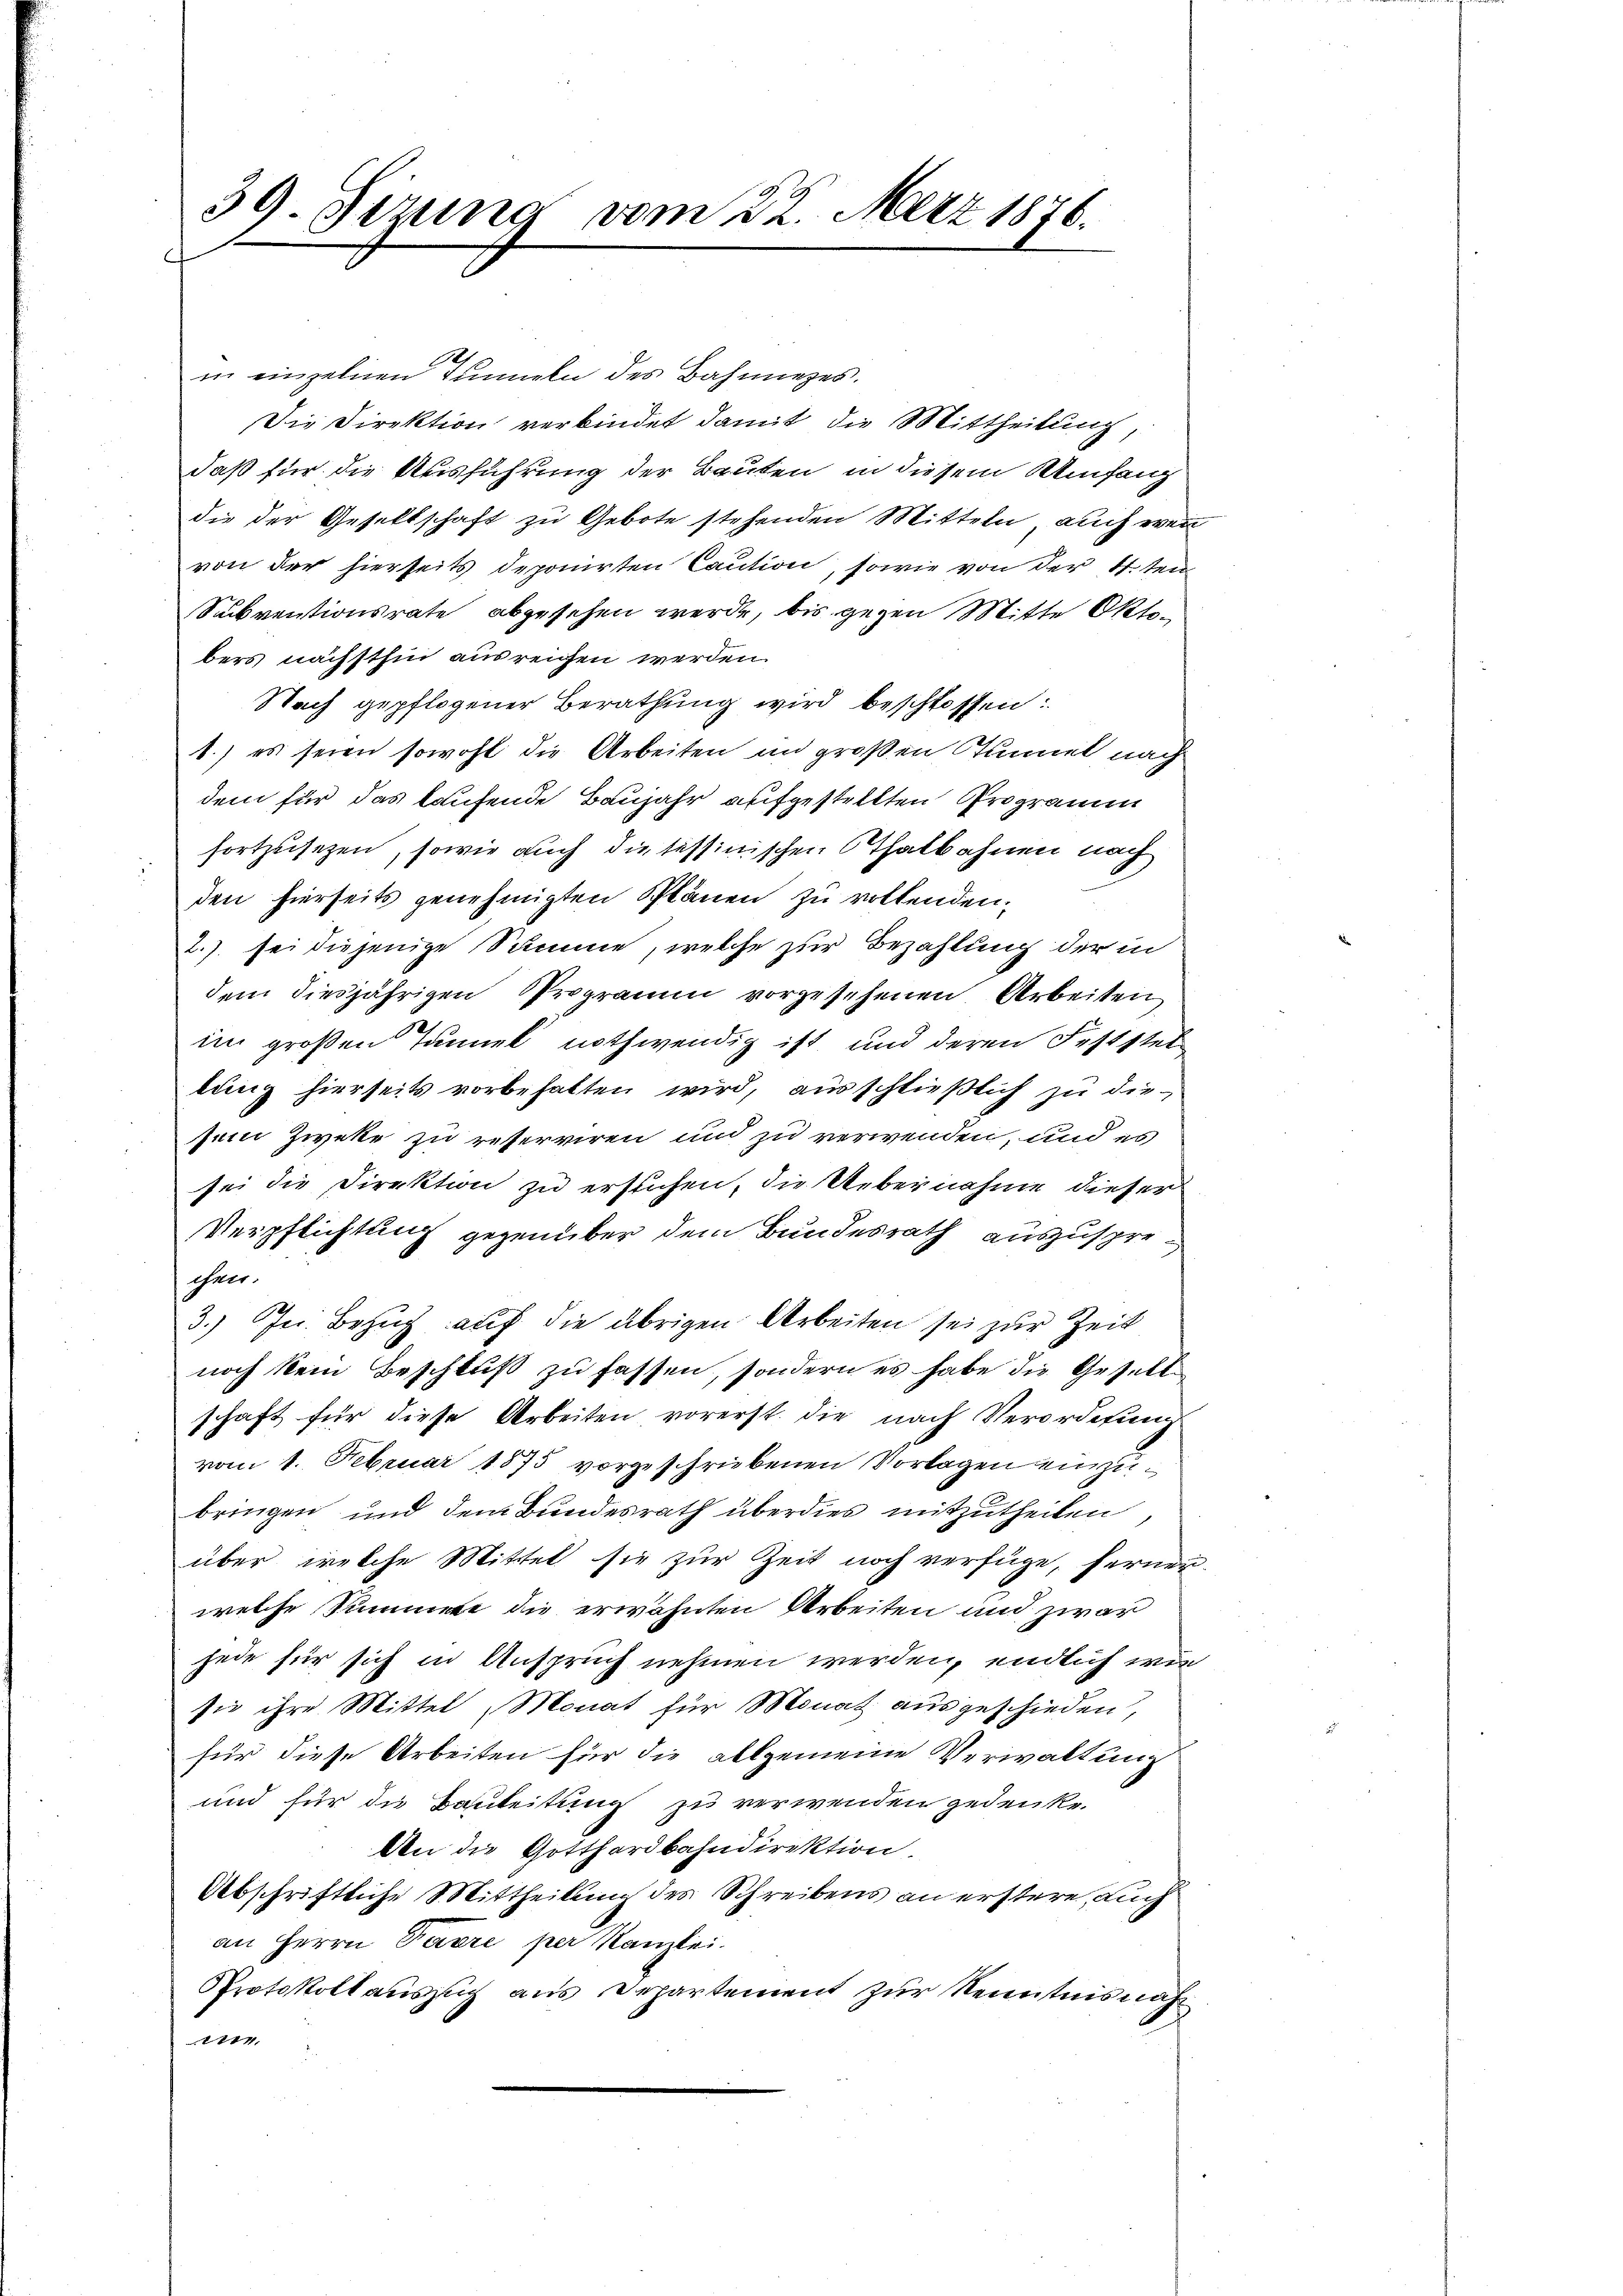
39. Sizung vom 22. März 1876.

in einzelnen Tunneln des Bahninges.
Die Direktion verbindet damit die Mittheilung,
daß für die Ausführung der Bauten in diesem Umfang
die der Gesellschaft zu Gebote stehenden Mitteln, auch wen
von der hierseits deponirten Caution, sowie von der 4. ten
Suckventionsrate abgesehen werde, bis gegen Mitte Oktobers nächsthin ausreichen werden.
Nach gepflogener Berathung wird beschlossen:
1.) es seien sowohl die Arbeiten in großen Stunnel nach
dem für das laufende Baujahr aufgestellten Programm
fortzusetzen, sowie auch die tessinischen Thatbahnen nach
den hierseits genehmigten Plänen zu vollenden.
2.) sei diejenige Summe, welche zur Bezahlung der in
dem diesjährigen Programm vorgesehenen Arbeiten
im großen Tannek nothwendig ist, und deren Feststel
lung hierseits vorbehalten wird, ausschließlich zu diesein Zweke zu reserviren und zu verwenden, und es
sei die Direktion zu erstehen, die Uebernahme dieser
Verpflichtung gegenüber dem Bundesrath auszusprechen.
3.) In Bezug auf die übrigen Arbeiten sei zur Zeit
noch kein Beschluß zu fassen, sondern es habe die Gesellschaft für diese Arbeiten vorerst die nach Verordnung
vom 1. Februar 1875 vorgeschriebenen Vorlagen einzubringen und dem Bundesrath überdies mitzutheilen
über, welche Mittel sie zur Zeit noch verfüge, ferner
welche Summete die erwähnten Arbeiten und zwar
jede für sich in Anspruch nehmen werden, endlich wie
sie ihre Mittel Monat für Monat ausgeschieden,
für diese Arbeiten für die allgemeine Verwaltung
und für die Bauleitung zu verwenden gedenke.
An die Gotthardbahndirektion.
Abschriftliche Mittheilung des Schreibens an erstere, auch
an Herrn Paare per Kanzlei.
Protokoll aŭszŭg ans Departement zŭr Kenntnisnahm
1474,

u